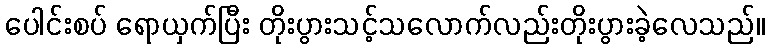
ပေါင်းစပ် ရောယှက်ပြီး တိုးပွားသင့်သလောက်လည်းတိုးပွားခဲ့လေသည်။